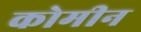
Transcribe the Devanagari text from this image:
कोमीन